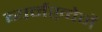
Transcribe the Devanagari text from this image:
ब्यर्नख़्वेर्ने